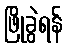
ဖြိုခွဲရန်